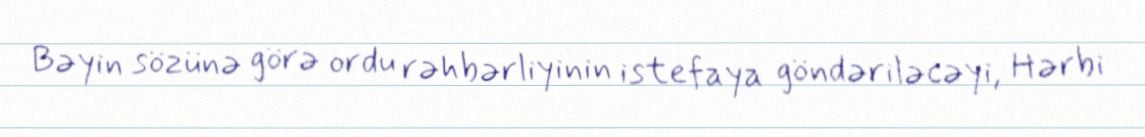
Bəyin sözünə görə ordu rəhbərliyinin istefaya göndəriləcəyi, Hərbi